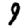
Digit: 9